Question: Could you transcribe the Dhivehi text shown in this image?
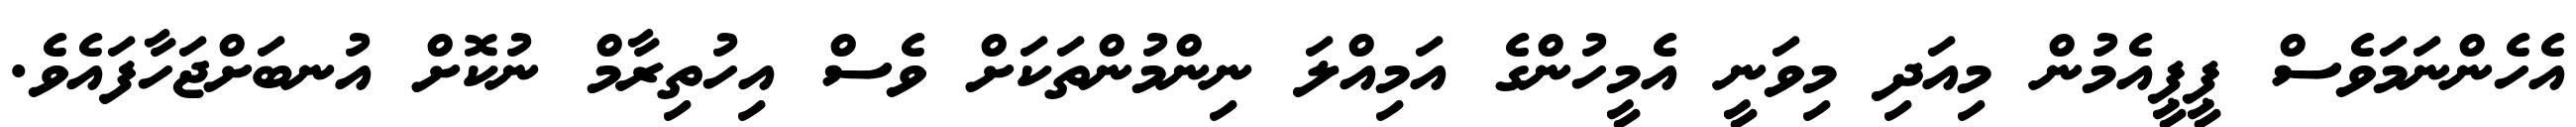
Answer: އެހެންނަމަވެސް ޕީޕީއެމުން މިއަދި މިވަނީ އެމީހުންގެ އަމިއްލަ ނިންމުންތަކަށް ވެސް އިހުތިރާމް ނުކޮށް އުނބަށްޖަހާފައެވެ.